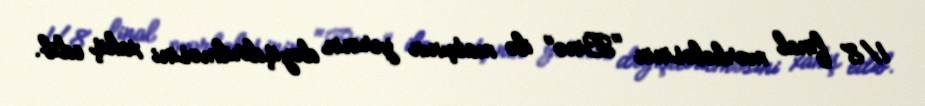
1/8 final mərhələsinin "Binə" ilə matçının yerinin dəyişdirilməsini xahiş edib.